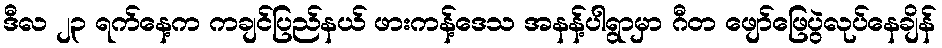
ဒီလ ၂၃ ရက်နေ့က ကချင်ပြည်နယ် ဖားကန့်ဒေသ အနန့်ပါရွာမှာ ဂီတ ဖျော်ဖြေပွဲလုပ်နေချိန်